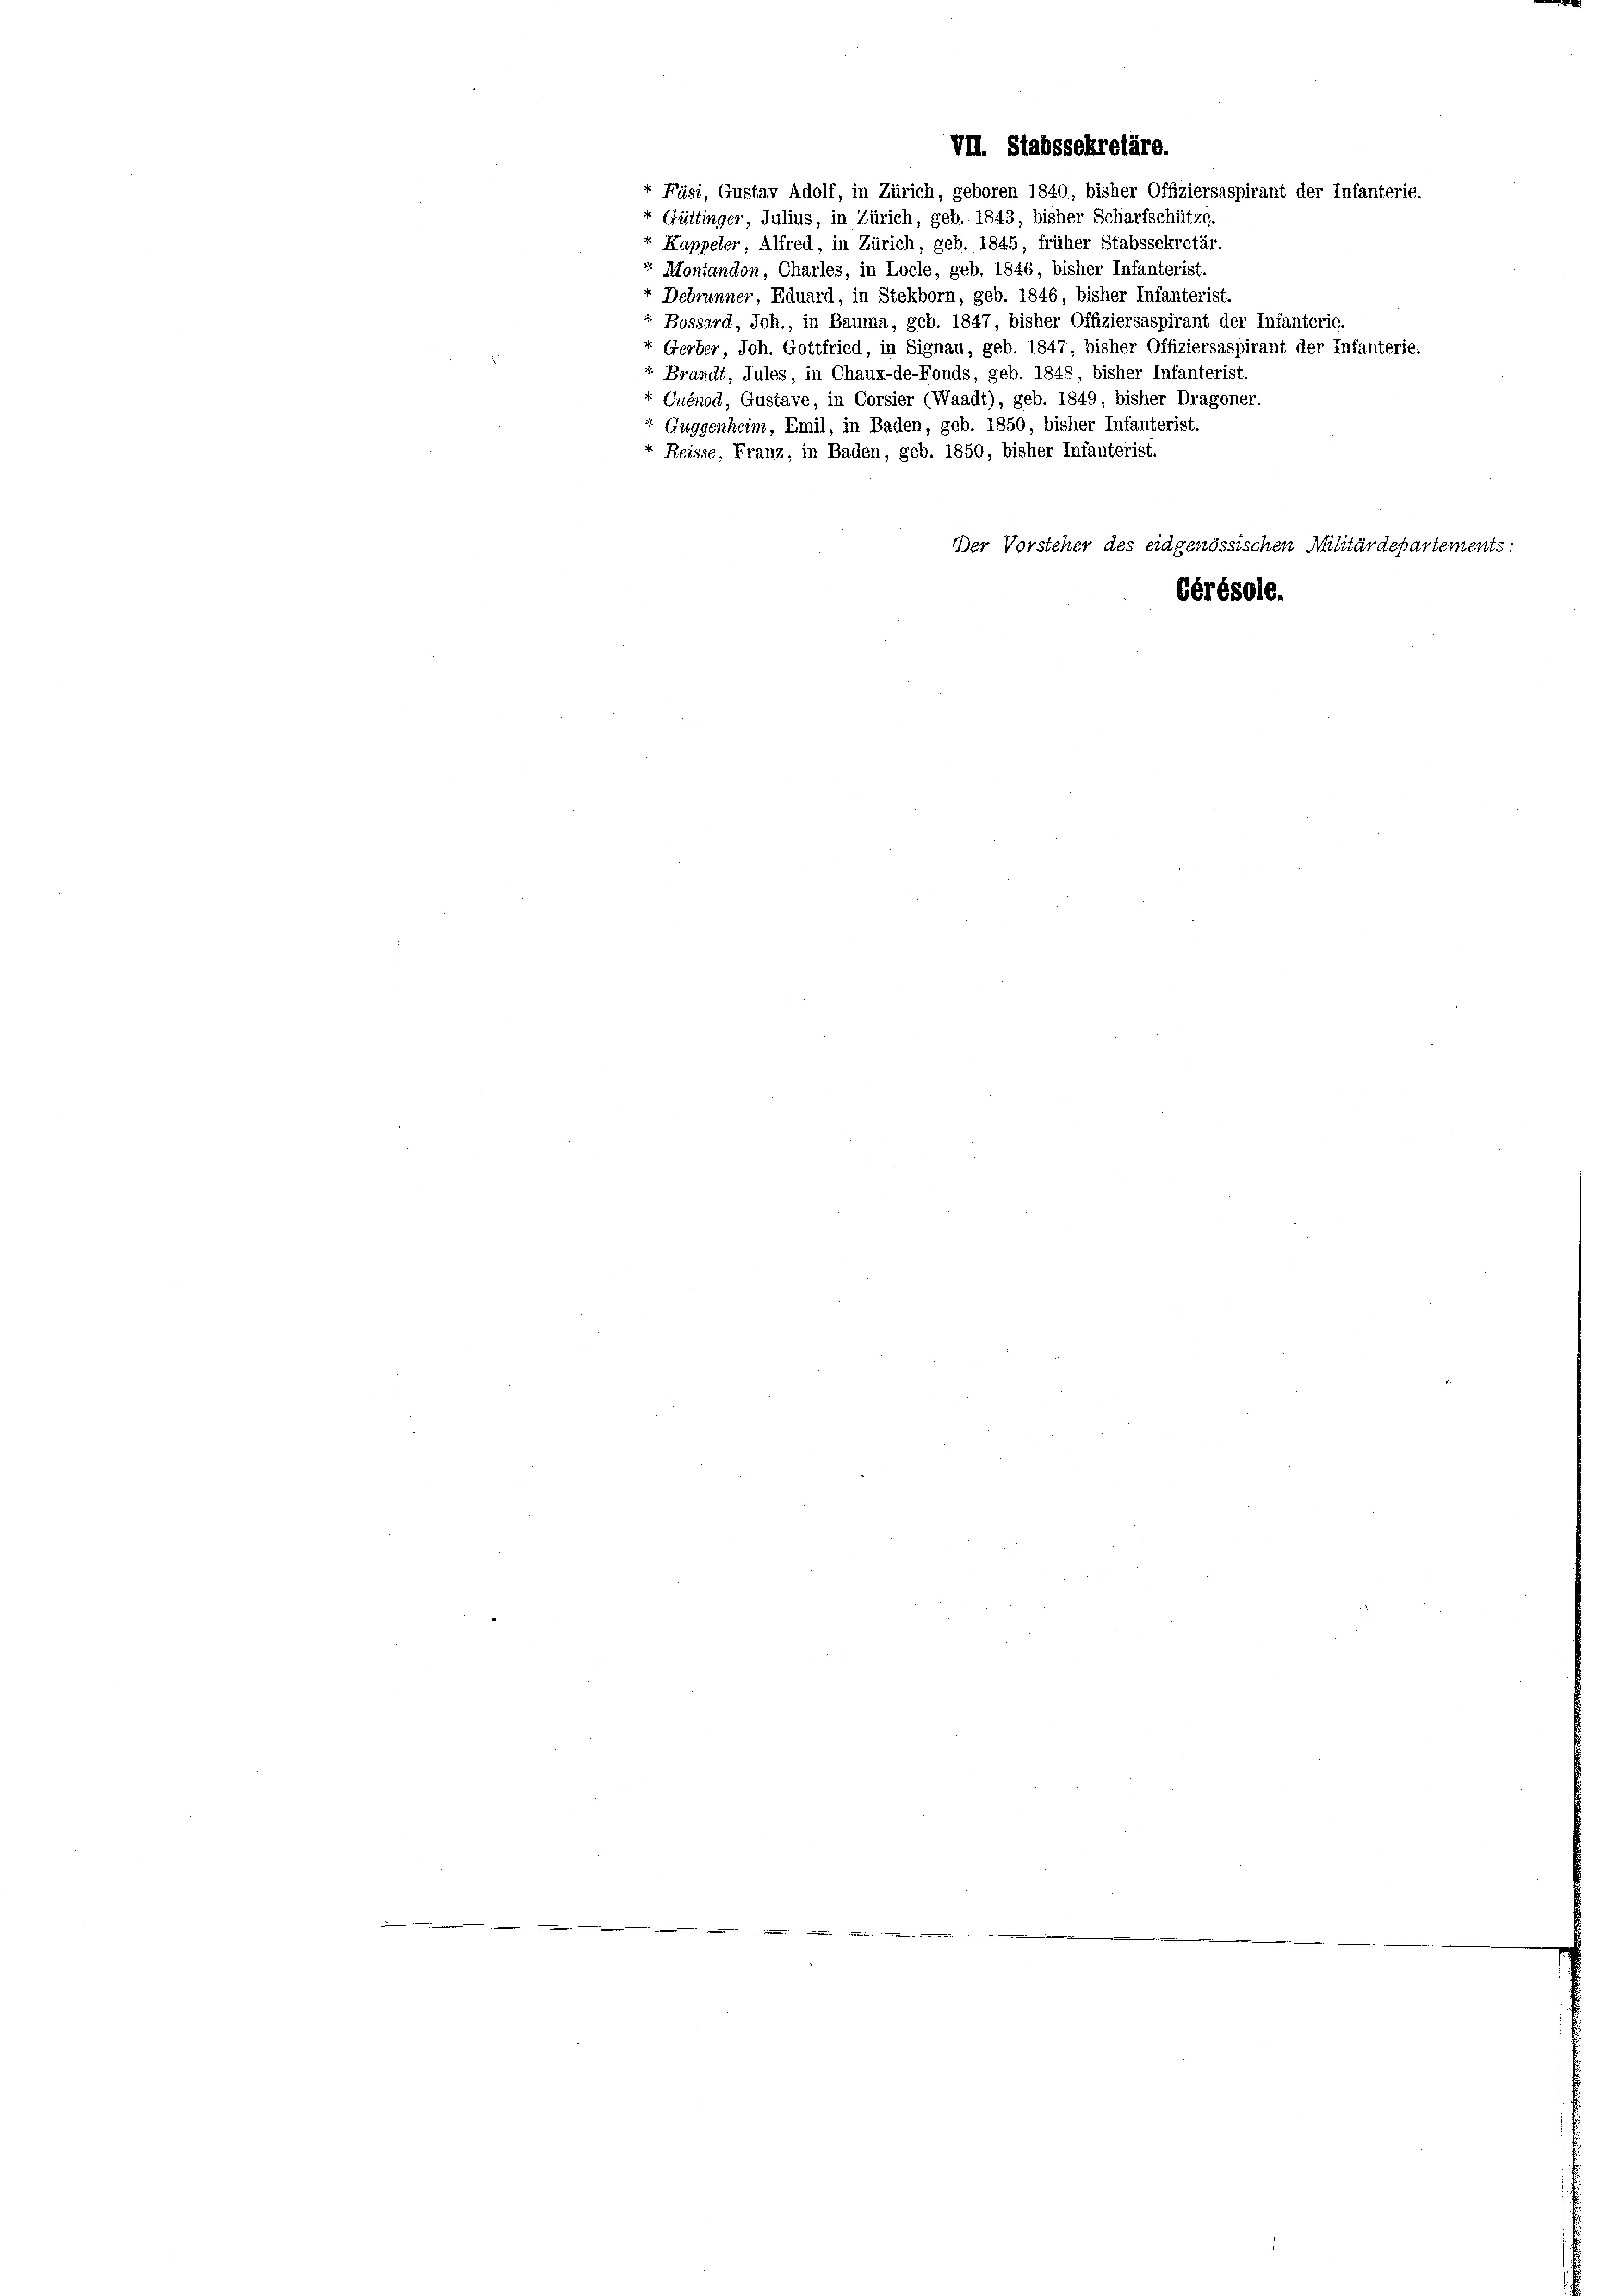
VII. Stabssekretäre.
r Fäsi, Gustav Adolf, in Zürich, geboren 1840, bisher Offiziersaspirant der Infanterie.
« Güttinger, Julius, in Zürich, geb. 1843, bisher Scharfschütze.
Kappeler, Alfred, in Zürich, geb. 1845, früher Stabssekretär.
r Montandon, Charles, in Locle, geb. 1846, bisher Infanterist.
x Debrunner, Eduard, in Stekborn, geb. 1846, bisher Infanterist.
Bossard, Joh., in Bauma, geb. 1847, bisher Offiziersaspirant der Infanterie.
Gerber, Joh. Gottfried, in Signau, geb. 1847, bisher Offiziersaspirant der Infanterie.

Brandt, Jules, in Chaux-de-Fonds, geb. 1848, bisher Infanterist.
+ Cuénod, Gustave, in Corsier (Waadt), geb. 1849, bisher Dragoner.
Guggenheim, Emil, in Baden, geb. 1850, bisher Infanterist.
Reisse, Franz, in Baden, geb. 1850, bisher Infanterist.
Der Vorsteher des eidgenössischen Militärdepartements:

Gérésole.